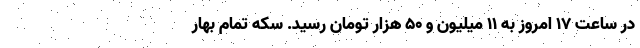
در ساعت ۱۷ امروز به ۱۱ میلیون و ۵۰ هزار تومان رسید. سکه تمام بهار